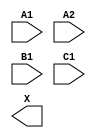
module sky130_fd_sc_ls__o211a (
    //# {{data|Data Signals}}
    input  A1,
    input  A2,
    input  B1,
    input  C1,
    output X
);

    // Voltage supply signals
    supply1 VPWR;
    supply0 VGND;
    supply1 VPB ;
    supply0 VNB ;

endmodule